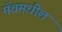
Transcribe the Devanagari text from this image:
मॅचमधील